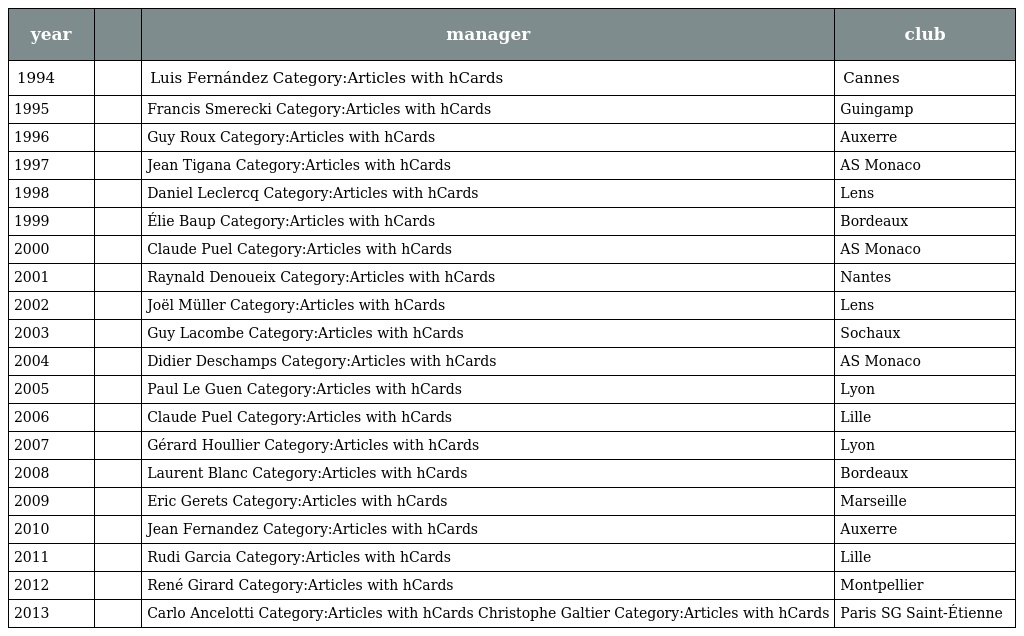
| year |  | manager | club |
 | --- | --- | --- | --- |
 | 1994 |  | Luis Fernández Category:Articles with hCards | Cannes |
 | 1995 |  | Francis Smerecki Category:Articles with hCards | Guingamp |
 | 1996 |  | Guy Roux Category:Articles with hCards | Auxerre |
 | 1997 |  | Jean Tigana Category:Articles with hCards | AS Monaco |
 | 1998 |  | Daniel Leclercq Category:Articles with hCards | Lens |
 | 1999 |  | Élie Baup Category:Articles with hCards | Bordeaux |
 | 2000 |  | Claude Puel Category:Articles with hCards | AS Monaco |
 | 2001 |  | Raynald Denoueix Category:Articles with hCards | Nantes |
 | 2002 |  | Joël Müller Category:Articles with hCards | Lens |
 | 2003 |  | Guy Lacombe Category:Articles with hCards | Sochaux |
 | 2004 |  | Didier Deschamps Category:Articles with hCards | AS Monaco |
 | 2005 |  | Paul Le Guen Category:Articles with hCards | Lyon |
 | 2006 |  | Claude Puel Category:Articles with hCards | Lille |
 | 2007 |  | Gérard Houllier Category:Articles with hCards | Lyon |
 | 2008 |  | Laurent Blanc Category:Articles with hCards | Bordeaux |
 | 2009 |  | Eric Gerets Category:Articles with hCards | Marseille |
 | 2010 |  | Jean Fernandez Category:Articles with hCards | Auxerre |
 | 2011 |  | Rudi Garcia Category:Articles with hCards | Lille |
 | 2012 |  | René Girard Category:Articles with hCards | Montpellier |
 | 2013 |  | Carlo Ancelotti Category:Articles with hCards Christophe Galtier Category:Articles with hCards | Paris SG Saint-Étienne |